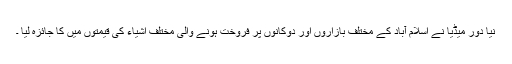
نیا دور میڈیا نے اسلام آباد کے مختلف بازاروں اور دوکانوں پر فروخت ہونے والی مختلف اشیاء کی قیمتوں میں کا جائزہ لیا ۔